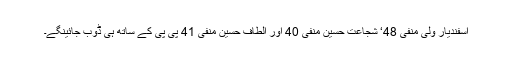
اسفندیار ولی منفی 48‘ شجاعت حسین منفی 40 اور الطاف حسین منفی 41 پی پی کے ساتھ ہی ڈوب جائینگے۔